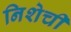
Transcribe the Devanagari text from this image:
निशेची